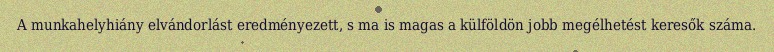
A munkahelyhiány elvándorlást eredményezett, s ma is magas a külföldön jobb megélhetést keresők száma.